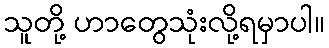
သူတို့ ဟာတွေသုံးလို့ရမှာပါ။